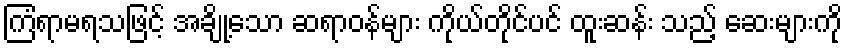
ကြံရာမရသဖြင့် အချို့သော ဆရာဝန်များ ကိုယ်တိုင်ပင် ထူးဆန်း သည့် ဆေးများကို